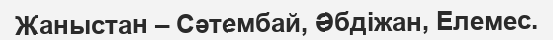
Жаныстан – Сәтембай, Әбдіжан, Елемес.